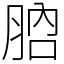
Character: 𦛚